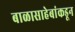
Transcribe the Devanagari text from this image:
बाळासाहेबांकडून